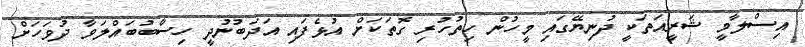
އިސްލާމީ ޝަރީއަތަކީ ދުނިޔޭގައި މީހުން ހިތުހުރި ގޮތަކަށް އުޅެފައި އަދަބުނުދީ ހިސާބުބައްލަވާ ދުވަހަށް